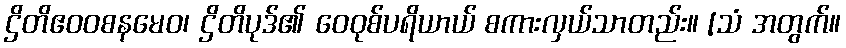
ဌိတိဧဝဝစနမေဝ၊ ဌိတိပုဒ်၏ ဝေဝုစ်ပရိယာယ် စကားလှယ်သာတည်း။ [သံ အတွက်။